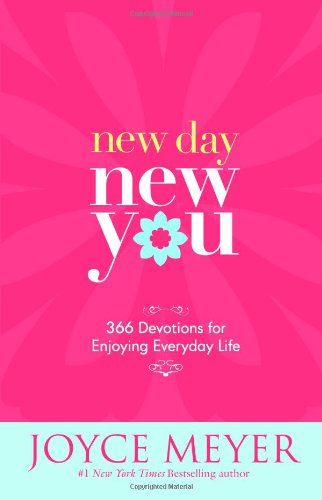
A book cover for New Day, New You: 366 Devotions for Enjoying Everyday Life; Joyce Meyer; Religion & Spirituality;